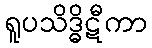
ရူပသိဒ္ဓိဋီကာ